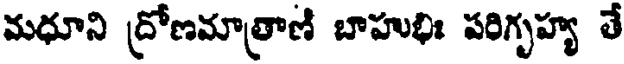
మధూని ద్రోణమాత్రాణి బాహుభిః పరిగృహ్య తే